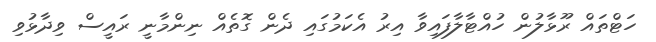
ހަޓްތައް ރޫޅާލުން ހުއްޓާލާފައިވާ އިރު އެކަމުގައި ދެން ގޮތެއް ނިންމާނީ ރައީސް ވިދާޅުވި